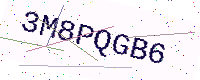
Text: 3M8PQGB6